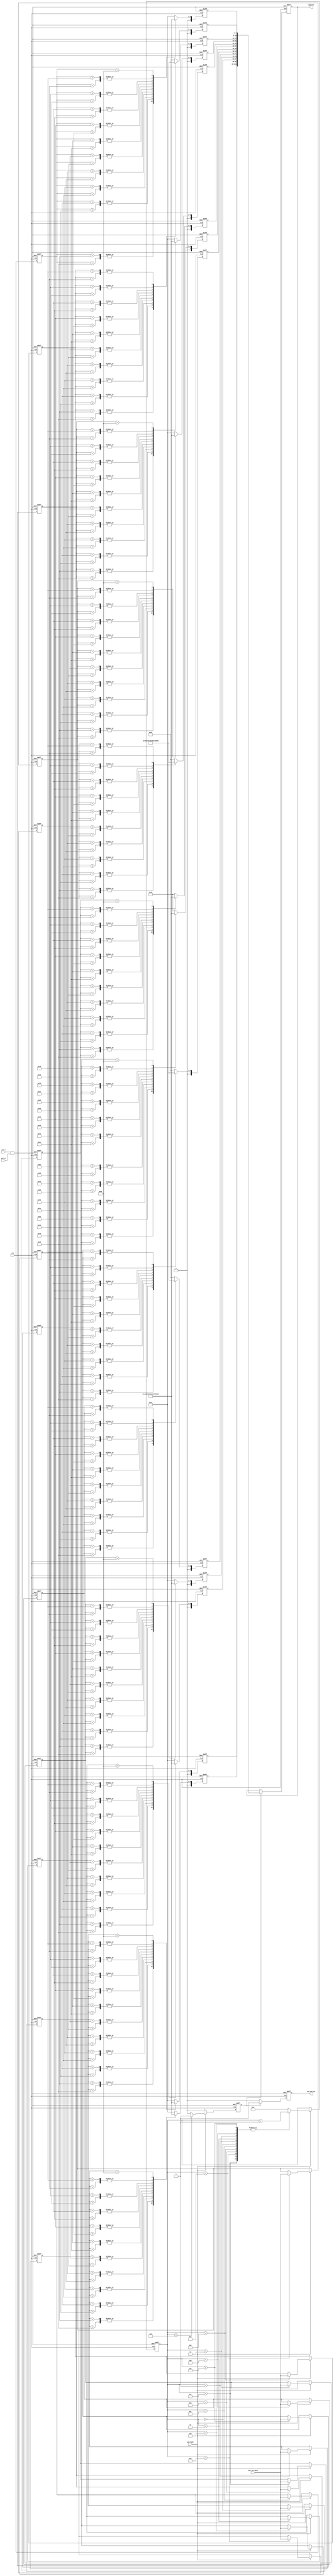
`timescale 1ns / 1ps
//////////////////////////////////////////////////////////////////////////////////
// Company: 
// Engineer: 
// 
// Design Name: 
// Module Name: ps2_data_manage
// Project Name: 
// Target Devices: 
// Tool Versions: 
// Description: 
// 
// Dependencies: 
// 
// Revision:
// Revision 0.01 - File Created
// Additional Comments:
// 
//////////////////////////////////////////////////////////////////////////////////


module ps2_data_manage(
    clk,rst_n,ps2_done,ps2_out_data,ps2_en,register,ps2_out_en
	);
    input clk;
	input rst_n;
	input ps2_done;
	input [7:0]ps2_out_data;
	input  ps2_en;
	output reg [103:0]register;
	output reg ps2_out_en;
	
    reg [7:0]ascii[12:0];
	reg [3:0]i;
	reg [7:0]register_transition[12:0];
	reg tansmit_data_en;  //
	
	 wire rst_na;
	 assign rst_na = rst_n & ps2_en;
	 
    always@(posedge clk or negedge rst_na)
    begin
        if(!rst_na)
	    begin  
		    ascii[0] <= 8'h20;
			ascii[1] <= 8'h20;
			ascii[2] <= 8'h20;
			ascii[3] <= 8'h20;
			ascii[4] <= 8'h20;
			ascii[5] <= 8'h20;
			ascii[6] <= 8'h20;
			ascii[7] <= 8'h20;
			ascii[8] <= 8'h20;
			ascii[9] <= 8'h20;
			ascii[10] <= 8'h20;
			ascii[11] <= 8'h20;
			ascii[12] <= 8'h20; 
	    end
	    else //if(done)
	      begin
	  case (register_transition[0])
	  8'h45 : ascii[0] <= 8'h30 ; //0
	  8'h16 : ascii[0] <= 8'h31 ;
	  8'h1e : ascii[0] <= 8'h32 ;
	  8'h26 : ascii[0] <= 8'h33 ;
	  8'h25 : ascii[0] <= 8'h34 ;
	  8'h2e : ascii[0] <= 8'h35 ;
	  8'h36 : ascii[0] <= 8'h36 ;
	  8'h3d : ascii[0] <= 8'h37 ;
	  8'h3e : ascii[0] <= 8'h38 ;
	  8'h46 : ascii[0] <= 8'h39 ;  //9 
	  
	  8'h70 : ascii[0] <= 8'h30 ;
	  8'h69 : ascii[0] <= 8'h31 ;
	  8'h72 : ascii[0] <= 8'h32 ;
	  8'h7a : ascii[0] <= 8'h33 ;
	  8'h6b : ascii[0] <= 8'h34 ;
	  8'h73 : ascii[0] <= 8'h35 ;
	  8'h74 : ascii[0] <= 8'h36 ;
	  8'h60 : ascii[0] <= 8'h37 ;
	  8'h75 : ascii[0] <= 8'h38 ;
	  8'h7d : ascii[0] <= 8'h39 ;
	  8'h5a : ascii[0] <= 8'h5c ; //
	  default :ascii[0] <= 8'h67;  //  g
	  endcase
	  case (register_transition[1])
	  8'h45 : ascii[1] <= 8'h30 ;
	  8'h16 : ascii[1] <= 8'h31 ;
	  8'h1e : ascii[1] <= 8'h32 ;
	  8'h26 : ascii[1] <= 8'h33 ;
	  8'h25 : ascii[1] <= 8'h34 ;
	  8'h2e : ascii[1] <= 8'h35 ;
	  8'h36 : ascii[1] <= 8'h36 ;
	  8'h3d : ascii[1] <= 8'h37 ;
	  8'h3e : ascii[1] <= 8'h38 ;
	  8'h46 : ascii[1] <= 8'h39 ; 
	  
	  8'h70 : ascii[1] <= 8'h30 ;
	  8'h69 : ascii[1] <= 8'h31 ;
	  8'h72 : ascii[1] <= 8'h32 ;
	  8'h7a : ascii[1] <= 8'h33 ;
	  8'h6b : ascii[1] <= 8'h34 ;
	  8'h73 : ascii[1] <= 8'h35 ;
	  8'h74 : ascii[1] <= 8'h36 ;
	  8'h60 : ascii[1] <= 8'h37 ;
	  8'h75 : ascii[1] <= 8'h38 ;
	  8'h7d : ascii[1] <= 8'h39 ;
	  8'h5a : ascii[1] <= 8'h5c ;
	  default :ascii[1] <= 8'h67;
	  endcase
	  case (register_transition[2])
	  8'h45 : ascii[2] <= 8'h30 ;
	  8'h16 : ascii[2] <= 8'h31 ;
	  8'h1e : ascii[2] <= 8'h32 ;
	  8'h26 : ascii[2] <= 8'h33 ;
	  8'h25 : ascii[2] <= 8'h34 ;
	  8'h2e : ascii[2] <= 8'h35 ;
	  8'h36 : ascii[2] <= 8'h36 ;
	  8'h3d : ascii[2] <= 8'h37 ;
	  8'h3e : ascii[2] <= 8'h38 ;
	  8'h46 : ascii[2] <= 8'h39 ; 
	  
	  8'h70 : ascii[2] <= 8'h30 ;
	  8'h69 : ascii[2] <= 8'h31 ;
	  8'h72 : ascii[2] <= 8'h32 ;
	  8'h7a : ascii[2] <= 8'h33 ;
	  8'h6b : ascii[2] <= 8'h34 ;
	  8'h73 : ascii[2] <= 8'h35 ;
	  8'h74 : ascii[2] <= 8'h36 ;
	  8'h60 : ascii[2] <= 8'h37 ;
	  8'h75 : ascii[2] <= 8'h38 ;
	  8'h7d : ascii[2] <= 8'h39 ;
	  8'h5a : ascii[2] <= 8'h5c ;
	  default :ascii[2] <= 8'h67;
	  endcase
	  case (register_transition[3])
	  8'h45 : ascii[3] <= 8'h30 ;
	  8'h16 : ascii[3] <= 8'h31 ;
	  8'h1e : ascii[3] <= 8'h32 ;
	  8'h26 : ascii[3] <= 8'h33 ;
	  8'h25 : ascii[3] <= 8'h34 ;
	  8'h2e : ascii[3] <= 8'h35 ;
	  8'h36 : ascii[3] <= 8'h36 ;
	  8'h3d : ascii[3] <= 8'h37 ;
	  8'h3e : ascii[3] <= 8'h38 ;
	  8'h46 : ascii[3] <= 8'h39 ; 
	  
	  8'h70 : ascii[3] <= 8'h30 ;
	  8'h69 : ascii[3] <= 8'h31 ;
	  8'h72 : ascii[3] <= 8'h32 ;
	  8'h7a : ascii[3] <= 8'h33 ;
	  8'h6b : ascii[3] <= 8'h34 ;
	  8'h73 : ascii[3] <= 8'h35 ;
	  8'h74 : ascii[3] <= 8'h36 ;
	  8'h60 : ascii[3] <= 8'h37 ;
	  8'h75 : ascii[3] <= 8'h38 ;
	  8'h7d : ascii[3] <= 8'h39 ;
	  8'h5a : ascii[3] <= 8'h5c ;
	  default :ascii[3] <= 8'h67;
	  endcase
	  case (register_transition[4])
	  8'h45 : ascii[4] <= 8'h30 ;
	  8'h16 : ascii[4] <= 8'h31 ;
	  8'h1e : ascii[4] <= 8'h32 ;
	  8'h26 : ascii[4] <= 8'h33 ;
	  8'h25 : ascii[4] <= 8'h34 ;
	  8'h2e : ascii[4] <= 8'h35 ;
	  8'h36 : ascii[4] <= 8'h36 ;
	  8'h3d : ascii[4] <= 8'h37 ;
	  8'h3e : ascii[4] <= 8'h38 ;
	  8'h46 : ascii[4] <= 8'h39 ; 
	  
	  8'h70 : ascii[4] <= 8'h30 ;
	  8'h69 : ascii[4] <= 8'h31 ;
	  8'h72 : ascii[4] <= 8'h32 ;
	  8'h7a : ascii[4] <= 8'h33 ;
	  8'h6b : ascii[4] <= 8'h34 ;
	  8'h73 : ascii[4] <= 8'h35 ;
	  8'h74 : ascii[4] <= 8'h36 ;
	  8'h60 : ascii[4] <= 8'h37 ;
	  8'h75 : ascii[4] <= 8'h38 ;
	  8'h7d : ascii[4] <= 8'h39 ;
	  8'h5a : ascii[4] <= 8'h5c ;
	  default :ascii[4] <= 8'h5c;
	  endcase
	  case (register_transition[5])
	  8'h45 : ascii[5] <= 8'h30 ;
	  8'h16 : ascii[5] <= 8'h31 ;
	  8'h1e : ascii[5] <= 8'h32 ;
	  8'h26 : ascii[5] <= 8'h33 ;
	  8'h25 : ascii[5] <= 8'h34 ;
	  8'h2e : ascii[5] <= 8'h35 ;
	  8'h36 : ascii[5] <= 8'h36 ;
	  8'h3d : ascii[5] <= 8'h37 ;
	  8'h3e : ascii[5] <= 8'h38 ;
	  8'h46 : ascii[5] <= 8'h39 ; 
	  
	  8'h70 : ascii[5] <= 8'h30 ;
	  8'h69 : ascii[5] <= 8'h31 ;
	  8'h72 : ascii[5] <= 8'h32 ;
	  8'h7a : ascii[5] <= 8'h33 ;
	  8'h6b : ascii[5] <= 8'h34 ;
	  8'h73 : ascii[5] <= 8'h35 ;
	  8'h74 : ascii[5] <= 8'h36 ;
	  8'h60 : ascii[5] <= 8'h37 ;
	  8'h75 : ascii[5] <= 8'h38 ;
	  8'h7d : ascii[5] <= 8'h39 ;
	  8'h5a : ascii[5] <= 8'h5c ;
	  default :ascii[5] <= 8'h5c;
	  endcase
	  case (register_transition[6])
	  8'h45 : ascii[6] <= 8'h30 ;
	  8'h16 : ascii[6] <= 8'h31 ;
	  8'h1e : ascii[6] <= 8'h32 ;
	  8'h26 : ascii[6] <= 8'h33 ;
	  8'h25 : ascii[6] <= 8'h34 ;
	  8'h2e : ascii[6] <= 8'h35 ;
	  8'h36 : ascii[6] <= 8'h36 ;
	  8'h3d : ascii[6] <= 8'h37 ;
	  8'h3e : ascii[6] <= 8'h38 ;
	  8'h46 : ascii[6] <= 8'h39 ; 
	  
	  8'h70 : ascii[6] <= 8'h30 ;
	  8'h69 : ascii[6] <= 8'h31 ;
	  8'h72 : ascii[6] <= 8'h32 ;
	  8'h7a : ascii[6] <= 8'h33 ;
	  8'h6b : ascii[6] <= 8'h34 ;
	  8'h73 : ascii[6] <= 8'h35 ;
	  8'h74 : ascii[6] <= 8'h36 ;
	  8'h60 : ascii[6] <= 8'h37 ;
	  8'h75 : ascii[6] <= 8'h38 ;
	  8'h7d : ascii[6] <= 8'h39 ;
	  8'h5a : ascii[6] <= 8'h5c ;
	  default :ascii[6] <= 8'h68;
	  endcase
	  case (register_transition[7])
	  8'h45 : ascii[7] <= 8'h30 ;
	  8'h16 : ascii[7] <= 8'h31 ;
	  8'h1e : ascii[7] <= 8'h32 ;
	  8'h26 : ascii[7] <= 8'h33 ;
	  8'h25 : ascii[7] <= 8'h34 ;
	  8'h2e : ascii[7] <= 8'h35 ;
	  8'h36 : ascii[7] <= 8'h36 ;
	  8'h3d : ascii[7] <= 8'h37 ;
	  8'h3e : ascii[7] <= 8'h38 ;
	  8'h46 : ascii[7] <= 8'h39 ; 
	  
	  8'h70 : ascii[7] <= 8'h30 ;
	  8'h69 : ascii[7] <= 8'h31 ;
	  8'h72 : ascii[7] <= 8'h32 ;
	  8'h7a : ascii[7] <= 8'h33 ;
	  8'h6b : ascii[7] <= 8'h34 ;
	  8'h73 : ascii[7] <= 8'h35 ;
	  8'h74 : ascii[7] <= 8'h36 ;
	  8'h60 : ascii[7] <= 8'h37 ;
	  8'h75 : ascii[7] <= 8'h38 ;
	  8'h7d : ascii[7] <= 8'h39 ;
	  8'h5a : ascii[7] <= 8'h5c ;
	  default :ascii[7] <= 8'h68;
	  endcase
	  case (register_transition[8])
	  8'h45 : ascii[8] <= 8'h30 ;
	  8'h16 : ascii[8] <= 8'h31 ;
	  8'h1e : ascii[8] <= 8'h32 ;
	  8'h26 : ascii[8] <= 8'h33 ;
	  8'h25 : ascii[8] <= 8'h34 ;
	  8'h2e : ascii[8] <= 8'h35 ;
	  8'h36 : ascii[8] <= 8'h36 ;
	  8'h3d : ascii[8] <= 8'h37 ;
	  8'h3e : ascii[8] <= 8'h38 ;
	  8'h46 : ascii[8] <= 8'h39 ; 
	  
	  8'h70 : ascii[8] <= 8'h30 ;
	  8'h69 : ascii[8] <= 8'h31 ;
	  8'h72 : ascii[8] <= 8'h32 ;
	  8'h7a : ascii[8] <= 8'h33 ;
	  8'h6b : ascii[8] <= 8'h34 ;
	  8'h73 : ascii[8] <= 8'h35 ;
	  8'h74 : ascii[8] <= 8'h36 ;
	  8'h60 : ascii[8] <= 8'h37 ;
	  8'h75 : ascii[8] <= 8'h38 ;
	  8'h7d : ascii[8] <= 8'h39 ;
	  8'h5a : ascii[8] <= 8'h5c ;
	  default :ascii[8] <= 8'h5c;
	  endcase
	  case (register_transition[9])
	  8'h45 : ascii[9] <= 8'h30 ;
	  8'h16 : ascii[9] <= 8'h31 ;
	  8'h1e : ascii[9] <= 8'h32 ;
	  8'h26 : ascii[9] <= 8'h33 ;
	  8'h25 : ascii[9] <= 8'h34 ;
	  8'h2e : ascii[9] <= 8'h35 ;
	  8'h36 : ascii[9] <= 8'h36 ;
	  8'h3d : ascii[9] <= 8'h37 ;
	  8'h3e : ascii[9] <= 8'h38 ;
	  8'h46 : ascii[9] <= 8'h39 ; 
	  
	  8'h70 : ascii[9] <= 8'h30 ;
	  8'h69 : ascii[9] <= 8'h31 ;
	  8'h72 : ascii[9] <= 8'h32 ;
	  8'h7a : ascii[9] <= 8'h33 ;
	  8'h6b : ascii[9] <= 8'h34 ;
	  8'h73 : ascii[9] <= 8'h35 ;
	  8'h74 : ascii[9] <= 8'h36 ;
	  8'h60 : ascii[9] <= 8'h37 ;
	  8'h75 : ascii[9] <= 8'h38 ;
	  8'h7d : ascii[9] <= 8'h39 ;
	  8'h5a : ascii[9] <= 8'h5c ;
	  default :ascii[9] <= 8'h67;
	  endcase
	  case (register_transition[10])
	  8'h45 : ascii[10] <= 8'h30 ;
	  8'h16 : ascii[10] <= 8'h31 ;
	  8'h1e : ascii[10] <= 8'h32 ;
	  8'h26 : ascii[10] <= 8'h33 ;
	  8'h25 : ascii[10] <= 8'h34 ;
	  8'h2e : ascii[10] <= 8'h35 ;
	  8'h36 : ascii[10] <= 8'h36 ;
	  8'h3d : ascii[10] <= 8'h37 ;
	  8'h3e : ascii[10] <= 8'h38 ;
	  8'h46 : ascii[10] <= 8'h39 ; 
	  
	  8'h70 : ascii[10] <= 8'h30 ;
	  8'h69 : ascii[10] <= 8'h31 ;
	  8'h72 : ascii[10] <= 8'h32 ;
	  8'h7a : ascii[10] <= 8'h33 ;
	  8'h6b : ascii[10] <= 8'h34 ;
	  8'h73 : ascii[10] <= 8'h35 ;
	  8'h74 : ascii[10] <= 8'h36 ;
	  8'h60 : ascii[10] <= 8'h37 ;
	  8'h75 : ascii[10] <= 8'h38 ;
	  8'h7d : ascii[10] <= 8'h39 ;
	  8'h5a : ascii[10] <= 8'h5c ;
	  default :ascii[10] <= 8'h67;
	  endcase
	  case (register_transition[11])
	  8'h45 : ascii[11] <= 8'h30 ;
	  8'h16 : ascii[11] <= 8'h31 ;
	  8'h1e : ascii[11] <= 8'h32 ;
	  8'h26 : ascii[11] <= 8'h33 ;
	  8'h25 : ascii[11] <= 8'h34 ;
	  8'h2e : ascii[11] <= 8'h35 ;
	  8'h36 : ascii[11] <= 8'h36 ;
	  8'h3d : ascii[11] <= 8'h37 ;
	  8'h3e : ascii[11] <= 8'h38 ;
	  8'h46 : ascii[11] <= 8'h39 ; 
	  
	  8'h70 : ascii[11] <= 8'h30 ;
	  8'h69 : ascii[11] <= 8'h31 ;
	  8'h72 : ascii[11] <= 8'h32 ;
	  8'h7a : ascii[11] <= 8'h33 ;
	  8'h6b : ascii[11] <= 8'h34 ;
	  8'h73 : ascii[11] <= 8'h35 ;
	  8'h74 : ascii[11] <= 8'h36 ;
	  8'h60 : ascii[11] <= 8'h37 ;
	  8'h75 : ascii[11] <= 8'h38 ;
	  8'h7d : ascii[11] <= 8'h39 ;
	  8'h5a : ascii[11] <= 8'h5c ;
	  default :ascii[11] <= 8'h5c;
	  endcase
	  case (register_transition[12])
	  8'h45 : ascii[12] <= 8'h30 ;
	  8'h16 : ascii[12] <= 8'h31 ;
	  8'h1e : ascii[12] <= 8'h32 ;
	  8'h26 : ascii[12] <= 8'h33 ;
	  8'h25 : ascii[12] <= 8'h34 ;
	  8'h2e : ascii[12] <= 8'h35 ;
	  8'h36 : ascii[12] <= 8'h36 ;
	  8'h3d : ascii[12] <= 8'h37 ;
	  8'h3e : ascii[12] <= 8'h38 ;
	  8'h46 : ascii[12] <= 8'h39 ; 
	  
	  8'h70 : ascii[12] <= 8'h30 ;
	  8'h69 : ascii[12] <= 8'h31 ;
	  8'h72 : ascii[12] <= 8'h32 ;
	  8'h7a : ascii[12] <= 8'h33 ;
	  8'h6b : ascii[12] <= 8'h34 ;
	  8'h73 : ascii[12] <= 8'h35 ;
	  8'h74 : ascii[12] <= 8'h36 ;
	  8'h60 : ascii[12] <= 8'h37 ;
	  8'h75 : ascii[12] <= 8'h38 ;
	  8'h7d : ascii[12] <= 8'h39 ;
	  8'h5a : ascii[12] <= 8'h5c ;
	  default :ascii[12] <= 8'h67;
	  endcase
	  
    end	 
  end 
  
	  always@(posedge clk or negedge rst_na)
	  begin
		if(!rst_na)
		begin
			//register <= 88'h2020202020202020202020;
			register_transition[0] <= 8'h20;
			register_transition[1] <= 8'h20;
			register_transition[2] <= 8'h20;
			register_transition[3] <= 8'h20;
			register_transition[4] <= 8'h20;
			register_transition[5] <= 8'h20;
			register_transition[6] <= 8'h20;
			register_transition[7] <= 8'h20;
			register_transition[8] <= 8'h20;
			register_transition[9] <= 8'h20;
			register_transition[10] <= 8'h20;
			register_transition[11] <= 8'h20;
			register_transition[12] <= 8'h20; 
			tansmit_data_en<=1'b0;
			i <= 0;
		end
		else if(ps2_done == 1)
		 begin
			case(i)
				4'd0:begin
					register_transition[0] <= ps2_out_data;
					i <= i + 1'b1;
					tansmit_data_en<=1'b0;
				  end
				4'd1:begin
					register_transition[1] <= ps2_out_data;
					i <= i + 1'b1;
					tansmit_data_en<=1'b0;
				  end
				4'd2:begin
					register_transition[2] <= ps2_out_data;
					i <= i + 1'b1;
					tansmit_data_en<=1'b0;
				  end
				4'd3:begin
					register_transition[3] <= ps2_out_data;
					i <= i + 1'b1;
					tansmit_data_en<=1'b0;
				  end
				4'd4:begin
					register_transition[4] <= ps2_out_data;
					i <= i + 1'b1;
					tansmit_data_en<=1'b0;
				  end
				4'd5:begin
					register_transition[5] <= ps2_out_data;
					i <= i + 1'b1;
					tansmit_data_en<=1'b0;
				  end
				4'd6:begin
					register_transition[6] <= ps2_out_data;
					i <= i + 1'b1;
					tansmit_data_en<=1'b0;
				  end
				4'd7:begin
					register_transition[7] <= ps2_out_data;
					i <= i + 1'b1;
					tansmit_data_en<=1'b0;
				  end
				4'd8:begin
					register_transition[8] <= ps2_out_data;
					i <= i + 1'b1;
					tansmit_data_en<=1'b0;
				  end
				4'd9:begin
					register_transition[9] <= ps2_out_data;
					i <= i + 1'b1;
					tansmit_data_en<=1'b0;
				  end
				4'd10:begin
					register_transition[10] <= ps2_out_data;
					i <= i + 1'b1;
					tansmit_data_en<=1'b0;
				  end
				4'd11:begin
						register_transition[11] <= ps2_out_data;
						i <= i + 1'b1;
						tansmit_data_en<=1'b0;
				  end
				4'd12:begin
					    register_transition[12] <= ps2_out_data;
						i <= i + 1'b1;
                        tansmit_data_en<=1'b0;						
				  end
				4'd13:begin
						i <= 0;
                        tansmit_data_en<=1'b1;						
				  end
				default : begin
				           i<=0;
						   tansmit_data_en<=1'b0;
						  end
			endcase
			end	
	else 
	  tansmit_data_en<=1'b0;
	  end
	 
 
	   // reg [25:0]cnt;
	  // always@(posedge clk or negedge rst_na )
	  // begin
	
		// if(rst_na==0 && queding_reg == 0)begin
			// cnt <= 0;
			// reg_rst <= 1;
		// end
		// else if (queding_reg ==1)begin 
	    // if(cnt <100000000 )begin
		    // cnt <= cnt + 1;
			// reg_rst <=1;
		// end 
		// else if(cnt ==100000000)begin 	
			// reg_rst <=0;
			// cnt <= 0   ;
		// end
		// end 
	// end 
	  							
	always@(posedge clk or negedge rst_na )
    begin 
	if(!rst_na)
	   begin
	   register <= 104'h2020_2020_2020_2020_2020_2020_20;
	   ps2_out_en<=1'b0;
	    end 
	else if(tansmit_data_en==1'b1) //??????????
			begin	
			 register <= {	ascii[0],
							ascii[1],
							ascii[2],
							ascii[3],
							ascii[4],
							ascii[5],
							ascii[6],
							ascii[7],
							ascii[8],
							ascii[9],
							ascii[10],
							ascii[11],
							ascii[12]
							};
			ps2_out_en<=1'b1;					  
			end
	else   
	   begin
	   register <= register;
	   ps2_out_en<=1'b0;
	   end
    end
	// assign register_dh =(select==4'd6) ?  register_dhout : 96'h2020_2020_2020_2020_2020_2020;
	// assign register =(select==4'd1) ?  registerout : 88'h2020_2020_2020_2020_2020_20;
	 // assign reg_rst = ((registerout[87:48]==registerout[39:0]&&registerout!=88'h2020_2020_2020_2020_2020_20) || 
					   // (register_dhout[87:48]==register_dhout[39:0]&&register_dhout!=96'h2020_2020_2020_2020_2020_2020)) ? 1'b1 :1'b0 ;
endmodule